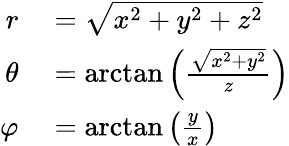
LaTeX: \begin{array}{rl}{r}&{{}={\sqrt{x^{2}+y^{2}+z^{2}}}}\\ {\theta}&{{}=\arctan\left({\frac{\sqrt{x^{2}+y^{2}}}{z}}\right)}\\ {\varphi}&{{}=\arctan\left({\frac{y}{x}}\right)}\end{array}